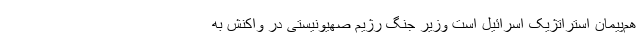
هم‌پیمان استراتژیک اسرائیل است وزیر جنگ رژیم صهیونیستی در واکنش به